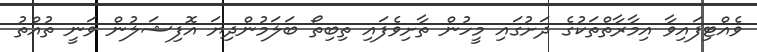
ވެއްޓިފައިވާ އިމާރާތްތަކުގެ ދަށުގައި މީހުން ތާށިވެފައި ތިބިތޯ ބަލަމުންދިޔަ އޮފިޝަލުން ވަނީ ތުއްތު